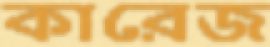
কারেজ